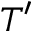
T ^ { \prime }